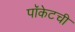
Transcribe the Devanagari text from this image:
पॉकेटची